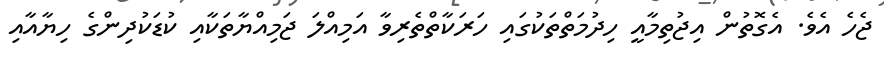
ޖެހެ އެވެ. އެގޮތުން އިޖުތިމާއީ ހިދުމަތްތަކުގައި ހަރަކާތްތެރިވާ އަމިއްލަ ޖަމިއްޔާތަކާއި ކުޑަކުދިންގެ ހިޔާއާއި